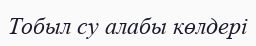
Тобыл су алабы көлдері